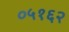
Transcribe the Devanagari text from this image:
०५१६२